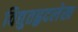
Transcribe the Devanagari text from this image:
विद्युतहृदलेख